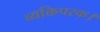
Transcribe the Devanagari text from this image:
व्यक्तिपरक।